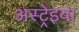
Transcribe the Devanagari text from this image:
अस्ट्रेइया